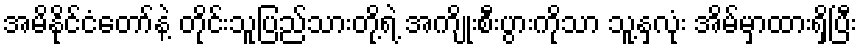
အမိနိုင်ငံတော်နဲ့ တိုင်းသူပြည်သားတို့ရဲ့ အကျိုးစီးပွားကိုသာ သူ့နှလုံး အိမ်မှာထားရှိပြီး